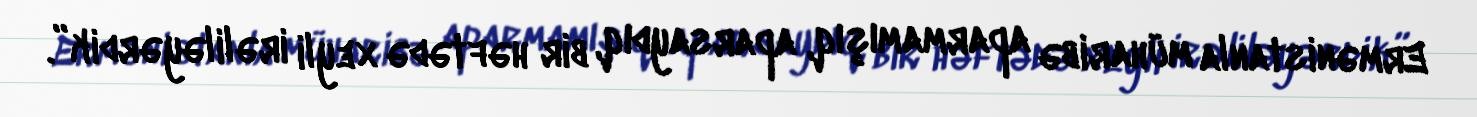
Ermənistanla müharibə aparmamışıq, aparsaydıq, bir həftədə xeyli irəliləyərdik”.